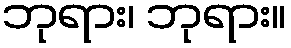
ဘုရား၊ ဘုရား။